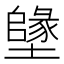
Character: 𡒰